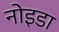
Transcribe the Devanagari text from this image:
नोइडा